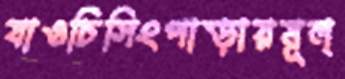
যাওচিসিংপাড়ায়মূল্